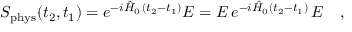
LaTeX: S _ { \mathrm { p h y s } } ( t _ { 2 } , t _ { 1 } ) = e ^ { - i \hat { H } _ { 0 } \, ( t _ { 2 } - t _ { 1 } ) } { \cal E } = { \cal E } \, e ^ { - i \hat { H } _ { 0 } ( t _ { 2 } - t _ { 1 } ) } \, { \cal E } \ \ \ ,